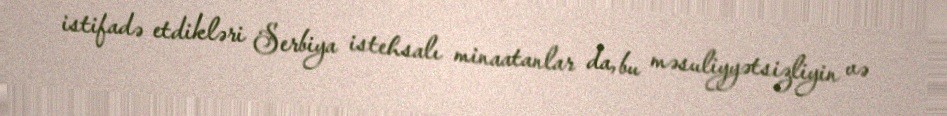
istifadə etdikləri Serbiya istehsalı minaatanlar da, bu məsuliyyətsizliyin və